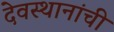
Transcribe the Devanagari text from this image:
देवस्थानांची